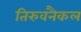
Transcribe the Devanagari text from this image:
तिरुवनैकल